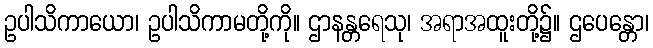
ဥပါသိကာယော၊ ဥပါသိကာမတို့ကို။ ဌာနန္တရေသု၊ အရာအထူးတို့၌။ ဌပေန္တော၊